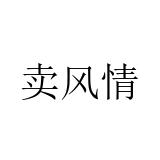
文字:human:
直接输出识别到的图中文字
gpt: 卖风情